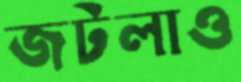
জটলাও